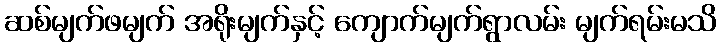
ဆစ်မျက်ဖမျက် အရိုးမျက်နှင့် ကျောက်မျက်ရွာလမ်း မျက်ရမ်းမသိ